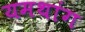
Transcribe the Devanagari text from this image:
यमथांग